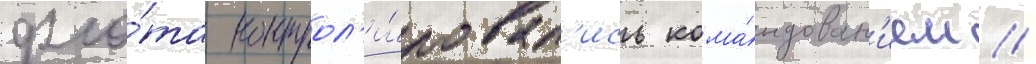
фло́та контрол'и́ровал'ись кома́ндован'ием //